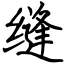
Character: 缝